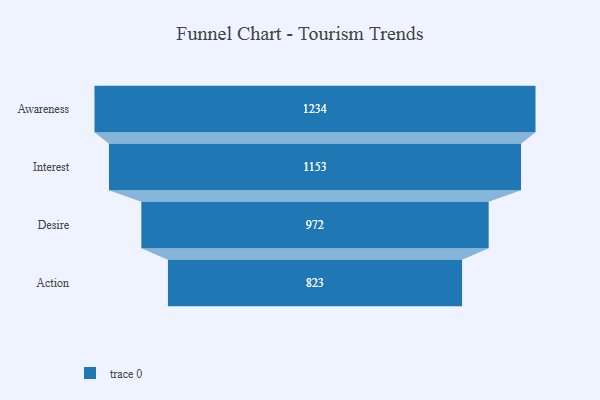
{"axis": {"x": "Stage", "y": "Value"}, "legend": [""], "data": [{"x": "Awareness", "y": 1234.0, "type": ""}, {"x": "Interest", "y": 1153.0, "type": ""}, {"x": "Desire", "y": 972.0, "type": ""}, {"x": "Action", "y": 823.0, "type": ""}]}